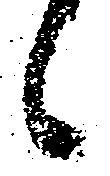
候